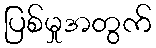
ပြစ်မှုအတွက်